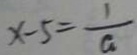
x - 5 = \frac { 1 } { a }